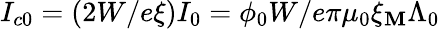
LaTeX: I_{c0}=(2W/e\xi)I_{0}=\phi_{0}W/e\pi\mu_{0}\xi_{\mathbf{M}}\Lambda_{0}